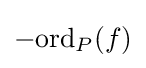
-\mathrm {ord} _{P}(f)